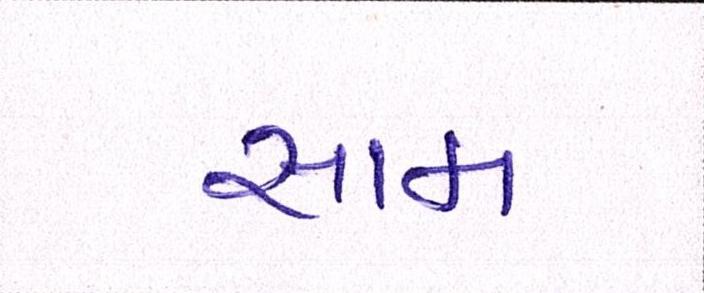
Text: સામ